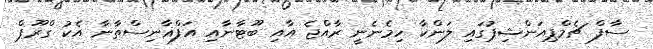
ސާފް ޗެމްޕިއަންޝިޕުގައި ލަންކާ ހިމެނެނީ ރާއްޖެ އާއި ބޫޓާނާއި އަފްޣާނިސްތާނާ އެކު ގްރޫޕް